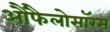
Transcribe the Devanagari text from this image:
आैंफैलोसॉरस